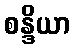
စန္ဒိယာ